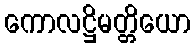
ကောလဋ္ဌိမတ္တိယော